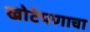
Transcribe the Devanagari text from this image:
खोटेपणाचा